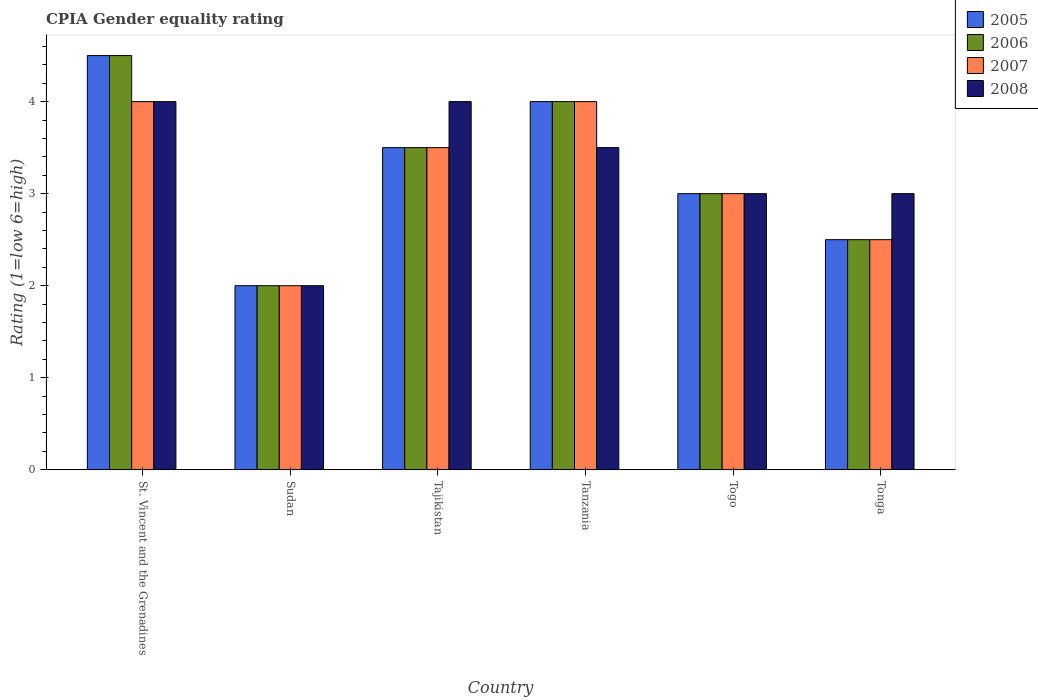
| Country | 2005 | 2006 | 2007 | 2008 |
 | --- | --- | --- | --- | --- |
 | St. Vincent and the Grenadines | 4.5 | 4.5 | 4 | 4 |
 | Sudan | 2 | 2 | 2 | 2 |
 | Tajikistan | 3.5 | 3.5 | 3.5 | 4 |
 | Tanzania | 4 | 4 | 4 | 3.5 |
 | Togo | 3 | 3 | 3 | 3 |
 | Tonga | 2.5 | 2.5 | 2.5 | 3 |